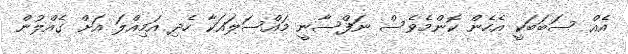
އެއް ސަބަބަކީ އެހެން ކޮންމެވެސް ނަފްސާނީ މައްސަލައަކާ ހެދި އަމިއްލަ އަށް ގެއްލުން